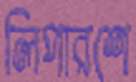
লিপারশে